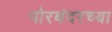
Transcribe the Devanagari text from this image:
पोरबंदरच्या